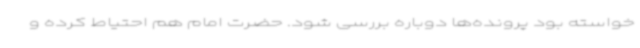
خواسته بود پرونده‌ها دوباره بررسی شود. حضرت امام هم احتیاط کرده و